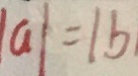
\vert a \vert = \vert b